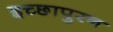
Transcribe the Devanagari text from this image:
इच्छापुरन